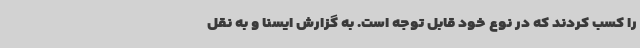
را کسب کردند که در نوع خود قابل توجه است. به گزارش ایسنا و به نقل